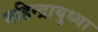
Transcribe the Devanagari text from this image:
महिन्द्रायुध्या